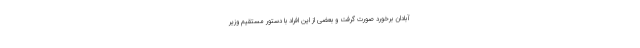
آبادان برخورد صورت گرفت و بعضی از این افراد با دستور مستقیم وزیر